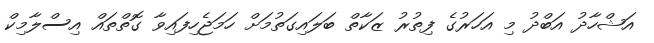
އަޝްހާދު އަބްދު މި އަހަރުގެ ފިތުރު ޒަކާތް ބަލައިގަތުމަށް ހަމަޖެހިފައިވާ ގޮތްތައް އިސްލާމިކް